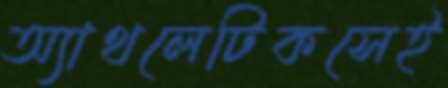
অ্যাথলেটিকসেই